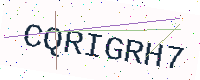
Text: CQRIGRH7